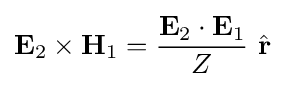
\mathbf {E} _{2}\times \mathbf {H} _{1}={\frac {\mathbf {E} _{2}\cdot \mathbf {E} _{1}}{Z}}\ {\hat {\mathbf {r} }}